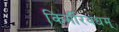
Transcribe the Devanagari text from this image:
किर्मीरवधम्